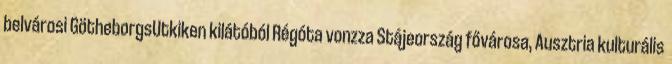
belvárosi GötheborgsUtkiken kilátóból Régóta vonzza Stájeország fővárosa, Ausztria kulturális